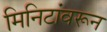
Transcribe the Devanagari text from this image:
मिनिटांवरून